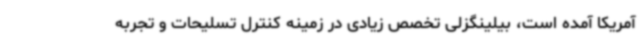
آمریکا آمده است، بیلینگزلی تخصص زیادی در زمینه کنترل تسلیحات و تجربه